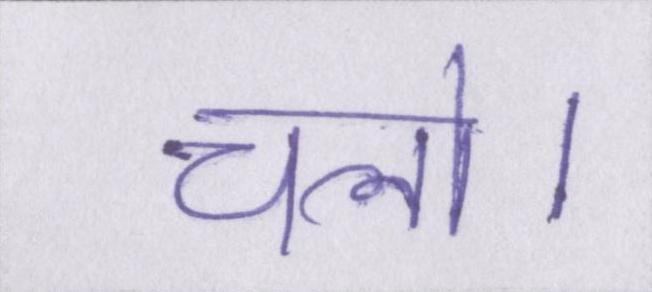
चलो।